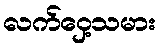
လက်ဝှေ့သမား